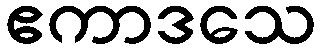
ဧကာဒသေ